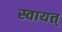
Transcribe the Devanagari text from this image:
स्वायत्त्